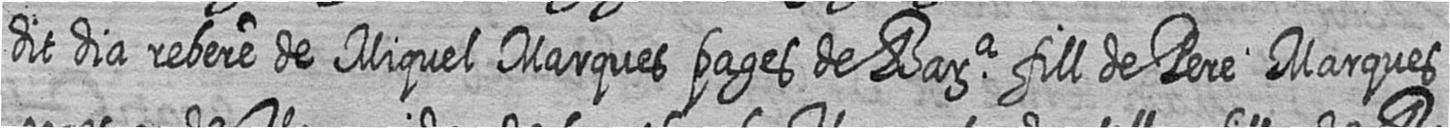
dit dia rebere de Miquel Marques pages de Bara fill de Pere Marques